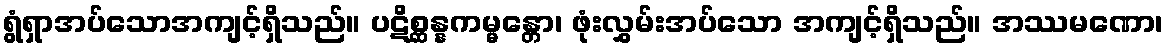
ရွံရှာအပ်သောအကျင့်ရှိသည်။ ပဋိစ္ဆန္နကမ္မန္တော၊ ဖုံးလွှမ်းအပ်သော အကျင့်ရှိသည်။ အဿမဏော၊